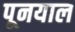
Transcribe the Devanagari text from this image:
पूनयाल